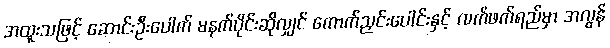
အထူးသဖြင့် ဆောင်းဦးပေါက် မနက်ပိုင်းဆိုလျှင် ကောက်ညှင်းပေါင်းနှင့် လက်ဖက်ရည်မှာ အလွန်